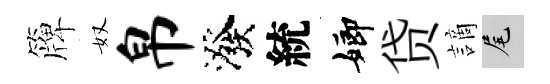
簰奴帛潑統嫏贷謫尾